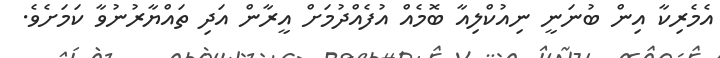
އެމެރިކާ އިން ބުނަނީ ނިއުކްލިއާ ބޮމެއް އުފެއްދުމަށް އީރާން އަދި ތައްޔާރުނުވާ ކަމަށެވެ.